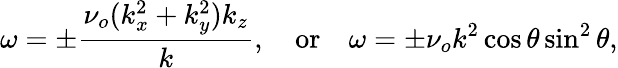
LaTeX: \omega=\pm\frac{\nu_{o}(k_{x}^{2}+k_{y}^{2})k_{z}}{k},\quad\textrm{or}\quad\omega=\pm\nu_{o}k^{2}\cos\theta\sin^{2}\theta,